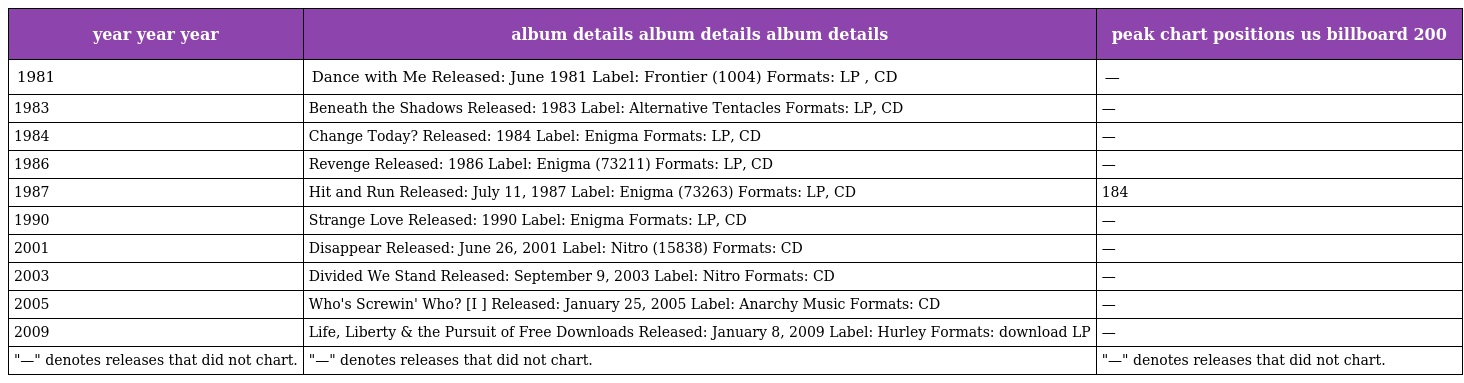
| year year year | album details album details album details | peak chart positions us billboard 200 |
 | --- | --- | --- |
 | 1981 | Dance with Me Released: June 1981 Label: Frontier (1004) Formats: LP , CD | — |
 | 1983 | Beneath the Shadows Released: 1983 Label: Alternative Tentacles Formats: LP, CD | — |
 | 1984 | Change Today? Released: 1984 Label: Enigma Formats: LP, CD | — |
 | 1986 | Revenge Released: 1986 Label: Enigma (73211) Formats: LP, CD | — |
 | 1987 | Hit and Run Released: July 11, 1987 Label: Enigma (73263) Formats: LP, CD | 184 |
 | 1990 | Strange Love Released: 1990 Label: Enigma Formats: LP, CD | — |
 | 2001 | Disappear Released: June 26, 2001 Label: Nitro (15838) Formats: CD | — |
 | 2003 | Divided We Stand Released: September 9, 2003 Label: Nitro Formats: CD | — |
 | 2005 | Who's Screwin' Who? [I ] Released: January 25, 2005 Label: Anarchy Music Formats: CD | — |
 | 2009 | Life, Liberty & the Pursuit of Free Downloads Released: January 8, 2009 Label: Hurley Formats: download LP | — |
 | "—" denotes releases that did not chart. | "—" denotes releases that did not chart. | "—" denotes releases that did not chart. |